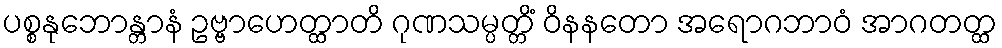
ပစ္စနုဘောန္တာနံ ဥဗ္ဗာဟေတ္ထာတိ ဂုဏသမ္ပတ္တိံ ဝိနနတော အရောဂဘာဝံ အာဂတတ္ထ